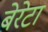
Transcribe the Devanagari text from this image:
बेरेटा